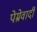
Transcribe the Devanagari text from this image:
पेम्रेवादी